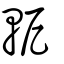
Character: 軶